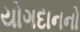
યોગદાનનો